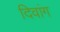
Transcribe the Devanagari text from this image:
दिवांग